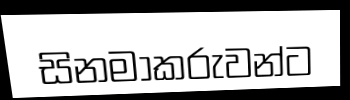
සිනමාකරුවන්ට